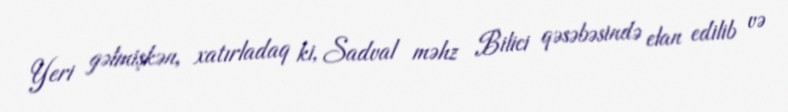
Yeri gəlmişkən, xatırladaq ki, Sadval məhz Bilici qəsəbəsində elan edilib və